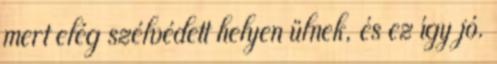
mert elég szélvédett helyen ülnek, és ez így jó.